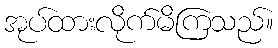
အုပ်ထားလိုက်မိကြသည်။